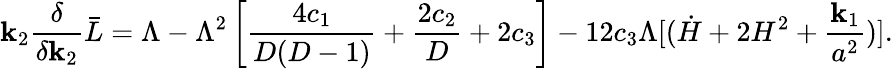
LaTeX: \mathbf{k}_{2}{\frac{{\delta}}{{\delta\mathbf{k}_{2}}}}\bar{{L}}=\Lambda-\Lambda^{2}\left[{\frac{{4c_{1}}}{{D(D-1)}}}+{\frac{{2c_{2}}}{{D}}}+2c_{3}\right]-12c_{3}\Lambda[(\dot{{H}}+2H^{2}+{\frac{{\mathbf{k}_{1}}}{{a^{2}}}})].